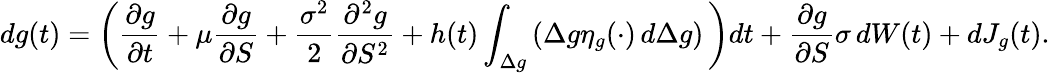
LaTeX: dg(t)=\left({\frac{\partial g}{\partial t}}+\mu{\frac{\partial g}{\partial S}}+{\frac{\sigma^{2}}{2}}{\frac{\partial^{2}g}{\partial S^{2}}}+h(t)\int_{\Delta g}\left(\Delta g\eta_{g}(\cdot)\, d{\Delta}g\right)\, \right)dt+{\frac{\partial g}{\partial S}}\sigma\, dW(t)+dJ_{g}(t).